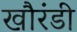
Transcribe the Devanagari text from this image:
खौरंडी